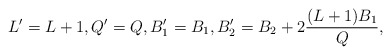
\begin{align*} L' = L+1, Q' = Q, B'_1 = B_1, B'_2 = B_2 + 2 \frac{(L+1)B_1}{Q},\end{align*}